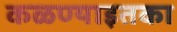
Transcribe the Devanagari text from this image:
कळण्याइतका